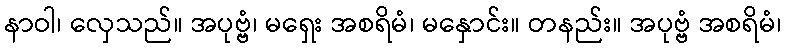
နာဝါ၊ လှေသည်။ အပုဗ္ဗံ၊ မရှေး အစရိမံ၊ မနှောင်း။ တနည်း။ အပုဗ္ဗံ အစရိမံ၊